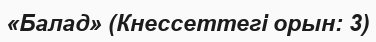
«Балад» (Кнессеттегі орын: 3)